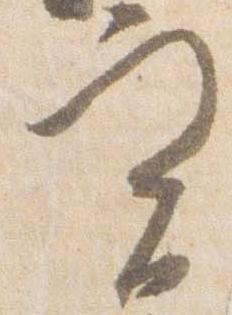
実